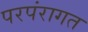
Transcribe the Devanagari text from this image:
परपंरागत